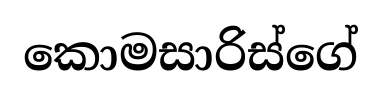
කොමසාරිස්ගේ